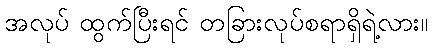
အလုပ် ထွက်ပြီးရင် တခြားလုပ်စရာရှိရဲ့လား။